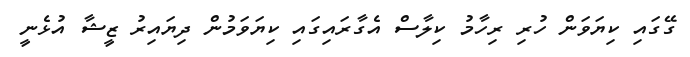
ގޭގައި ކިޔަވަން ހުރި ރިހާމު ކިލާސް އެގާރައިގައި ކިޔަވަމުން ދިޔައިރު ޒީޝާ އުޅެނީ